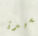
لسيدة